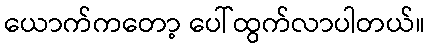
ယောက်ကတော့ ပေါ်ထွက်လာပါတယ်။